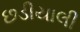
છડીયાલી